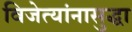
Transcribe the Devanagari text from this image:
विजेत्यांनासुद्धा